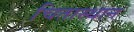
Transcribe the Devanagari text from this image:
चितास्थान